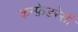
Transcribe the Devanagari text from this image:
कन्फ़ेडरेसी